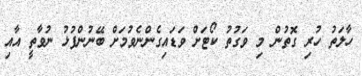
ހާލަތު ހުރި ގޮތުން މި ވަގުތު ކޯޓަށް ވަޑައިގެންނެވުމަށް ބޭނުންފުޅު ނުވާތީ އާއި